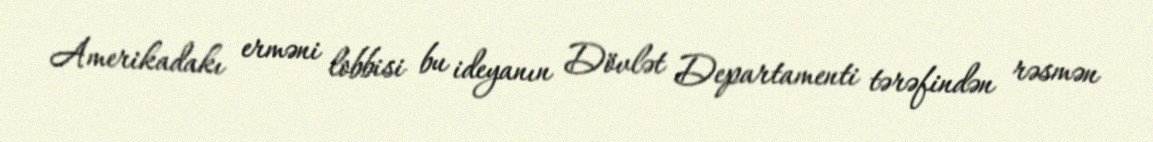
Amerikadakı erməni lobbisi bu ideyanın Dövlət Departamenti tərəfindən rəsmən